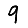
Digit: 9